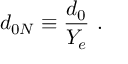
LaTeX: d _ { 0 N } \equiv { \frac { d _ { 0 } } { Y _ { e } } } ~ .